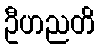
ဦဟညတိ